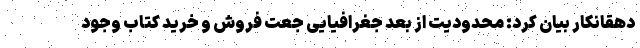
دهقانکار بیان کرد: محدودیت از بعد جغرافیایی جعت فروش و خرید کتاب وجود